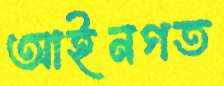
আইনগত